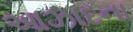
આઝાદના